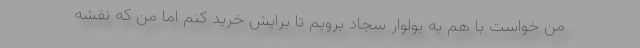
من خواست با هم به بولوار سجاد برویم تا برایش خرید کنم اما من که نقشه